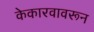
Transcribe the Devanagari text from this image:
केकारवावरून